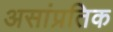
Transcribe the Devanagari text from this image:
असांप्रतिक